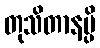
တုသိတာနမ္ပိ